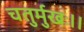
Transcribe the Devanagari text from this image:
चतुर्मुखः।।